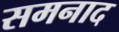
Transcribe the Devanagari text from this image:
समनाद